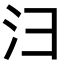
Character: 𪫆